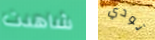
شاهدت تودي